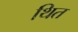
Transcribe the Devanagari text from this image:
थित